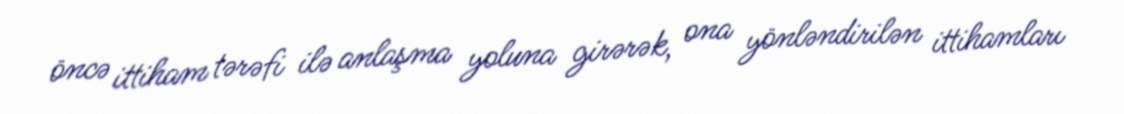
öncə ittiham tərəfi ilə anlaşma yoluna girərək, ona yönləndirilən ittihamları